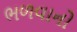
ભળવાનો